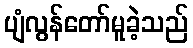
ပျံလွန်တော်မူခဲ့သည်